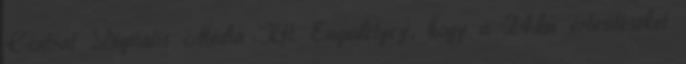
Central Digitális Média Kft. Engedélyezi, hogy a 24.hu értesítéseket